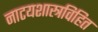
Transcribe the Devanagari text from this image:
नाटयशास्त्रविहित